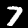
Label: 7